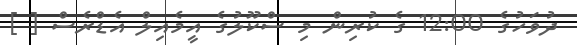
ދުވަހުގެ 12:00 ގެ ކުރިން މި ސްކޫލުގެ އީމެއިލް އެޑްރެސް [ ]